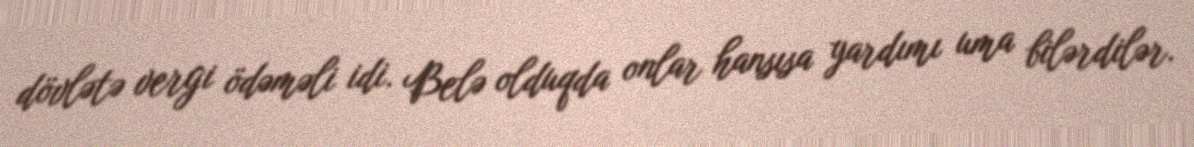
dövlətə vergi ödəməli idi. Belə olduqda onlar hansısa yardımı uma bilərdilər.